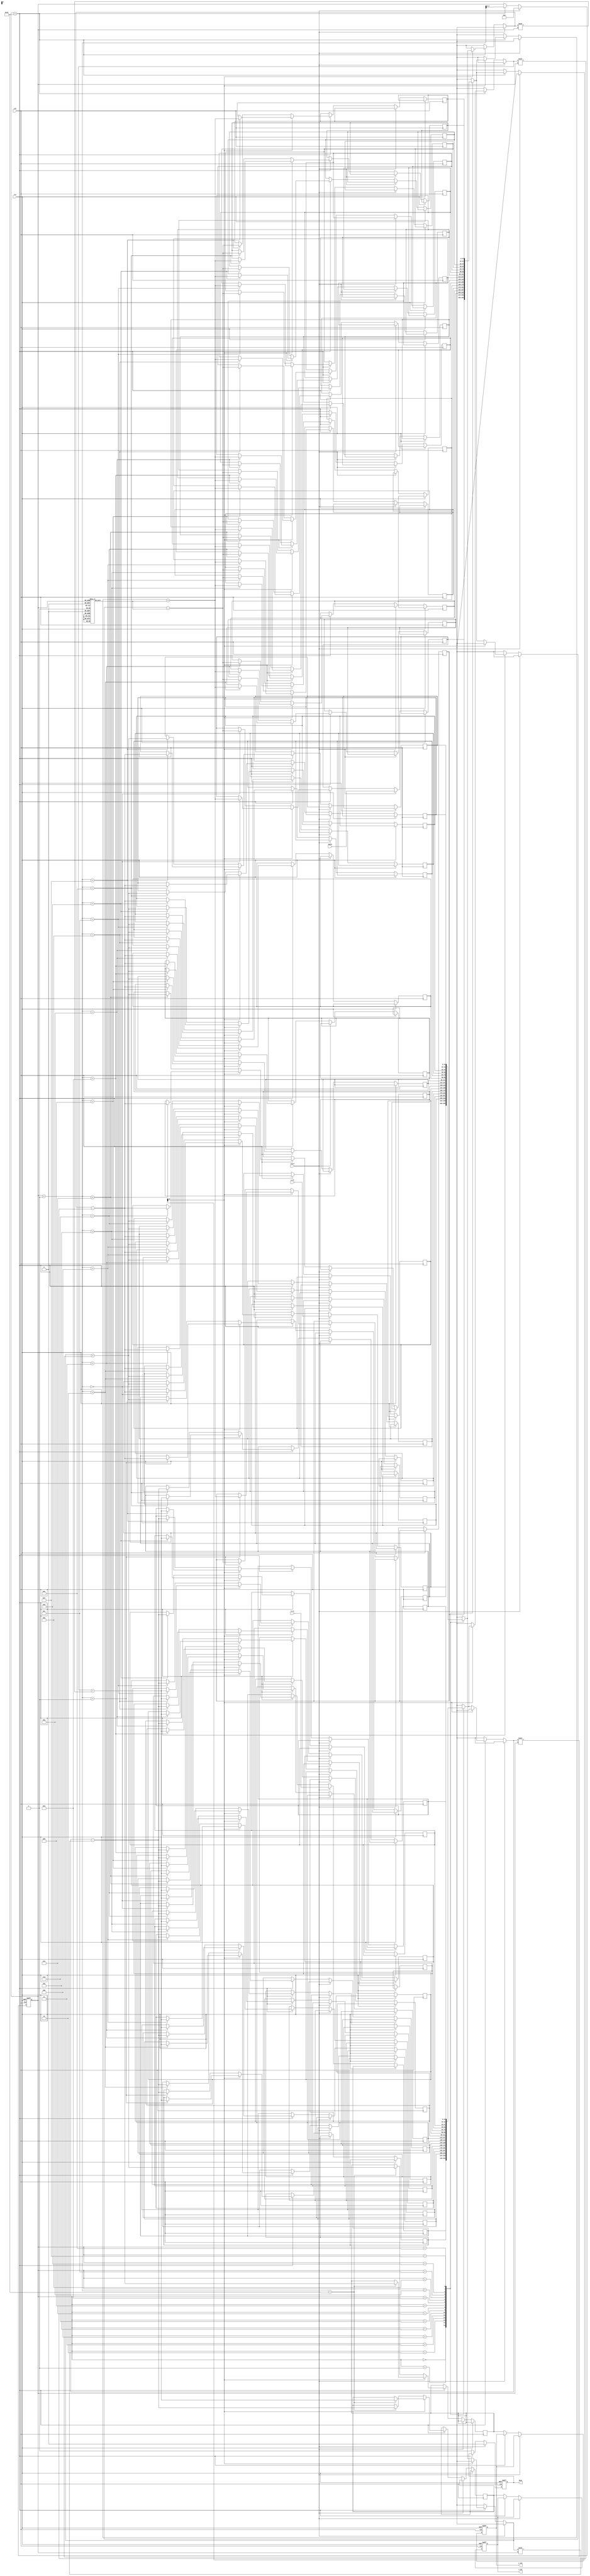
module cordic (
    input wire clk,
    input wire rst,
    input wire start,
    input wire signed [15:0] angle, // input angle in fixed-point (16-bit)
    input wire signed [15:0] x_in,   // input x vector
    input wire signed [15:0] y_in,   // input y vector
    output reg signed [15:0] x_out,  // output x vector
    output reg signed [15:0] y_out,  // output y vector
    output reg done                 // done signal
);

    // Fixed-point representation
    parameter ANGLE_BITS = 16;
    parameter CORDIC_STAGES = 16; // Number of stages
    parameter LUT_SIZE = 16;       // LUT size (2^n for n angles)

    // CORDIC angle values and scaling factors
    reg signed [ANGLE_BITS-1:0] atan_lut [0:LUT_SIZE-1]; // LUT for arctangent values
    reg signed [ANGLE_BITS-1:0] scale_factors [0:LUT_SIZE-1]; // Scaling factors

    // Internal registers
    reg signed [15:0] x [0:CORDIC_STAGES];
    reg signed [15:0] y [0:CORDIC_STAGES];
    reg signed [ANGLE_BITS-1:0] theta [0:CORDIC_STAGES];
    integer i;

    // Initialize LUT and scaling factors
    initial begin
        // Pre-computed atan values (in fixed-point representation)
        atan_lut[0] = 16'h3243; // atan(2^0)
        atan_lut[1] = 16'h1DAC; // atan(2^1)
        atan_lut[2] = 16'h0F57; // atan(2^2)
        atan_lut[3] = 16'h07E4; // atan(2^3)
        // ... (populate remaining LUT values)
        
        // Pre-computed scaling factors
        scale_factors[0] = 16'h1000; // Scaling for 0
        scale_factors[1] = 16'h0C8D; // Scaling for 1
        scale_factors[2] = 16'h0A28; // Scaling for 2
        scale_factors[3] = 16'h078A; // Scaling for 3
        // ... (populate remaining scaling factors)
    end

    // Control logic
    reg [3:0] stage;
    
    always @(posedge clk or posedge rst) begin
        if (rst) begin
            x_out <= 0;
            y_out <= 0;
            done <= 0;
            stage <= 0;
        end else if (start) begin
            x[0] <= x_in;
            y[0] <= y_in;
            theta[0] <= angle;
            stage <= 0;
            done <= 0;
        end else if (stage < CORDIC_STAGES) begin
            // Perform rotation
            if (theta[stage][ANGLE_BITS-1] == 1'b1) begin // Counterclockwise rotation
                x[stage + 1] <= x[stage] + (y[stage] >>> stage);
                y[stage + 1] <= y[stage] - (x[stage] >>> stage);
                theta[stage + 1] <= theta[stage] + atan_lut[stage];
            end else begin // Clockwise rotation
                x[stage + 1] <= x[stage] - (y[stage] >>> stage);
                y[stage + 1] <= y[stage] + (x[stage] >>> stage);
                theta[stage + 1] <= theta[stage] - atan_lut[stage];
            end
            stage <= stage + 1;
        end else begin
            // Final output
            x_out <= x[CORDIC_STAGES];
            y_out <= y[CORDIC_STAGES];
            done <= 1;
        end
    end
endmodule